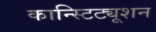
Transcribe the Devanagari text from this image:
कान्स्टिट्यूशन